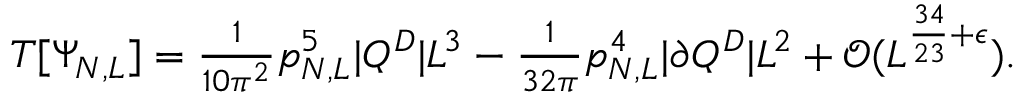
\begin{array} { r } { T [ \Psi _ { N , L } ] = \frac { 1 } { 1 0 \pi ^ { 2 } } p _ { N , L } ^ { 5 } | Q ^ { D } | L ^ { 3 } - \frac { 1 } { 3 2 \pi } p _ { N , L } ^ { 4 } | \partial Q ^ { D } | L ^ { 2 } + \mathcal { O } ( L ^ { \frac { 3 4 } { 2 3 } + \epsilon } ) . } \end{array}